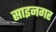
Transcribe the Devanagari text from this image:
साइनगर